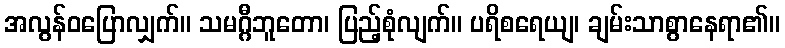
အလွန်ဝပြောလျှက်။ သမဂ္ဂီဘူတော၊ ပြည့်စုံလျက်။ ပရိစရေယျ၊ ချမ်းသာစွာနေရာ၏။